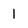
Character: 1